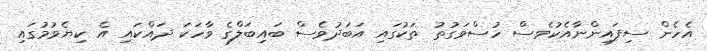
އެހެން ސިފައިންނާއެކުވެސް ހުސްވަގުތު ތަކުގައި އަބަދުވެސް ބައިބަލްގެ ވާހަކަ ދައްކައި އެ ކިޔެވުމުގައި